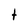
Character: t